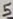
Text: 5